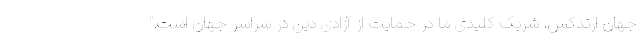
جهان ارتدکس، شریک کلیدی ما در حمایت از آزادی دین در سراسر جهان است."